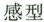
感型